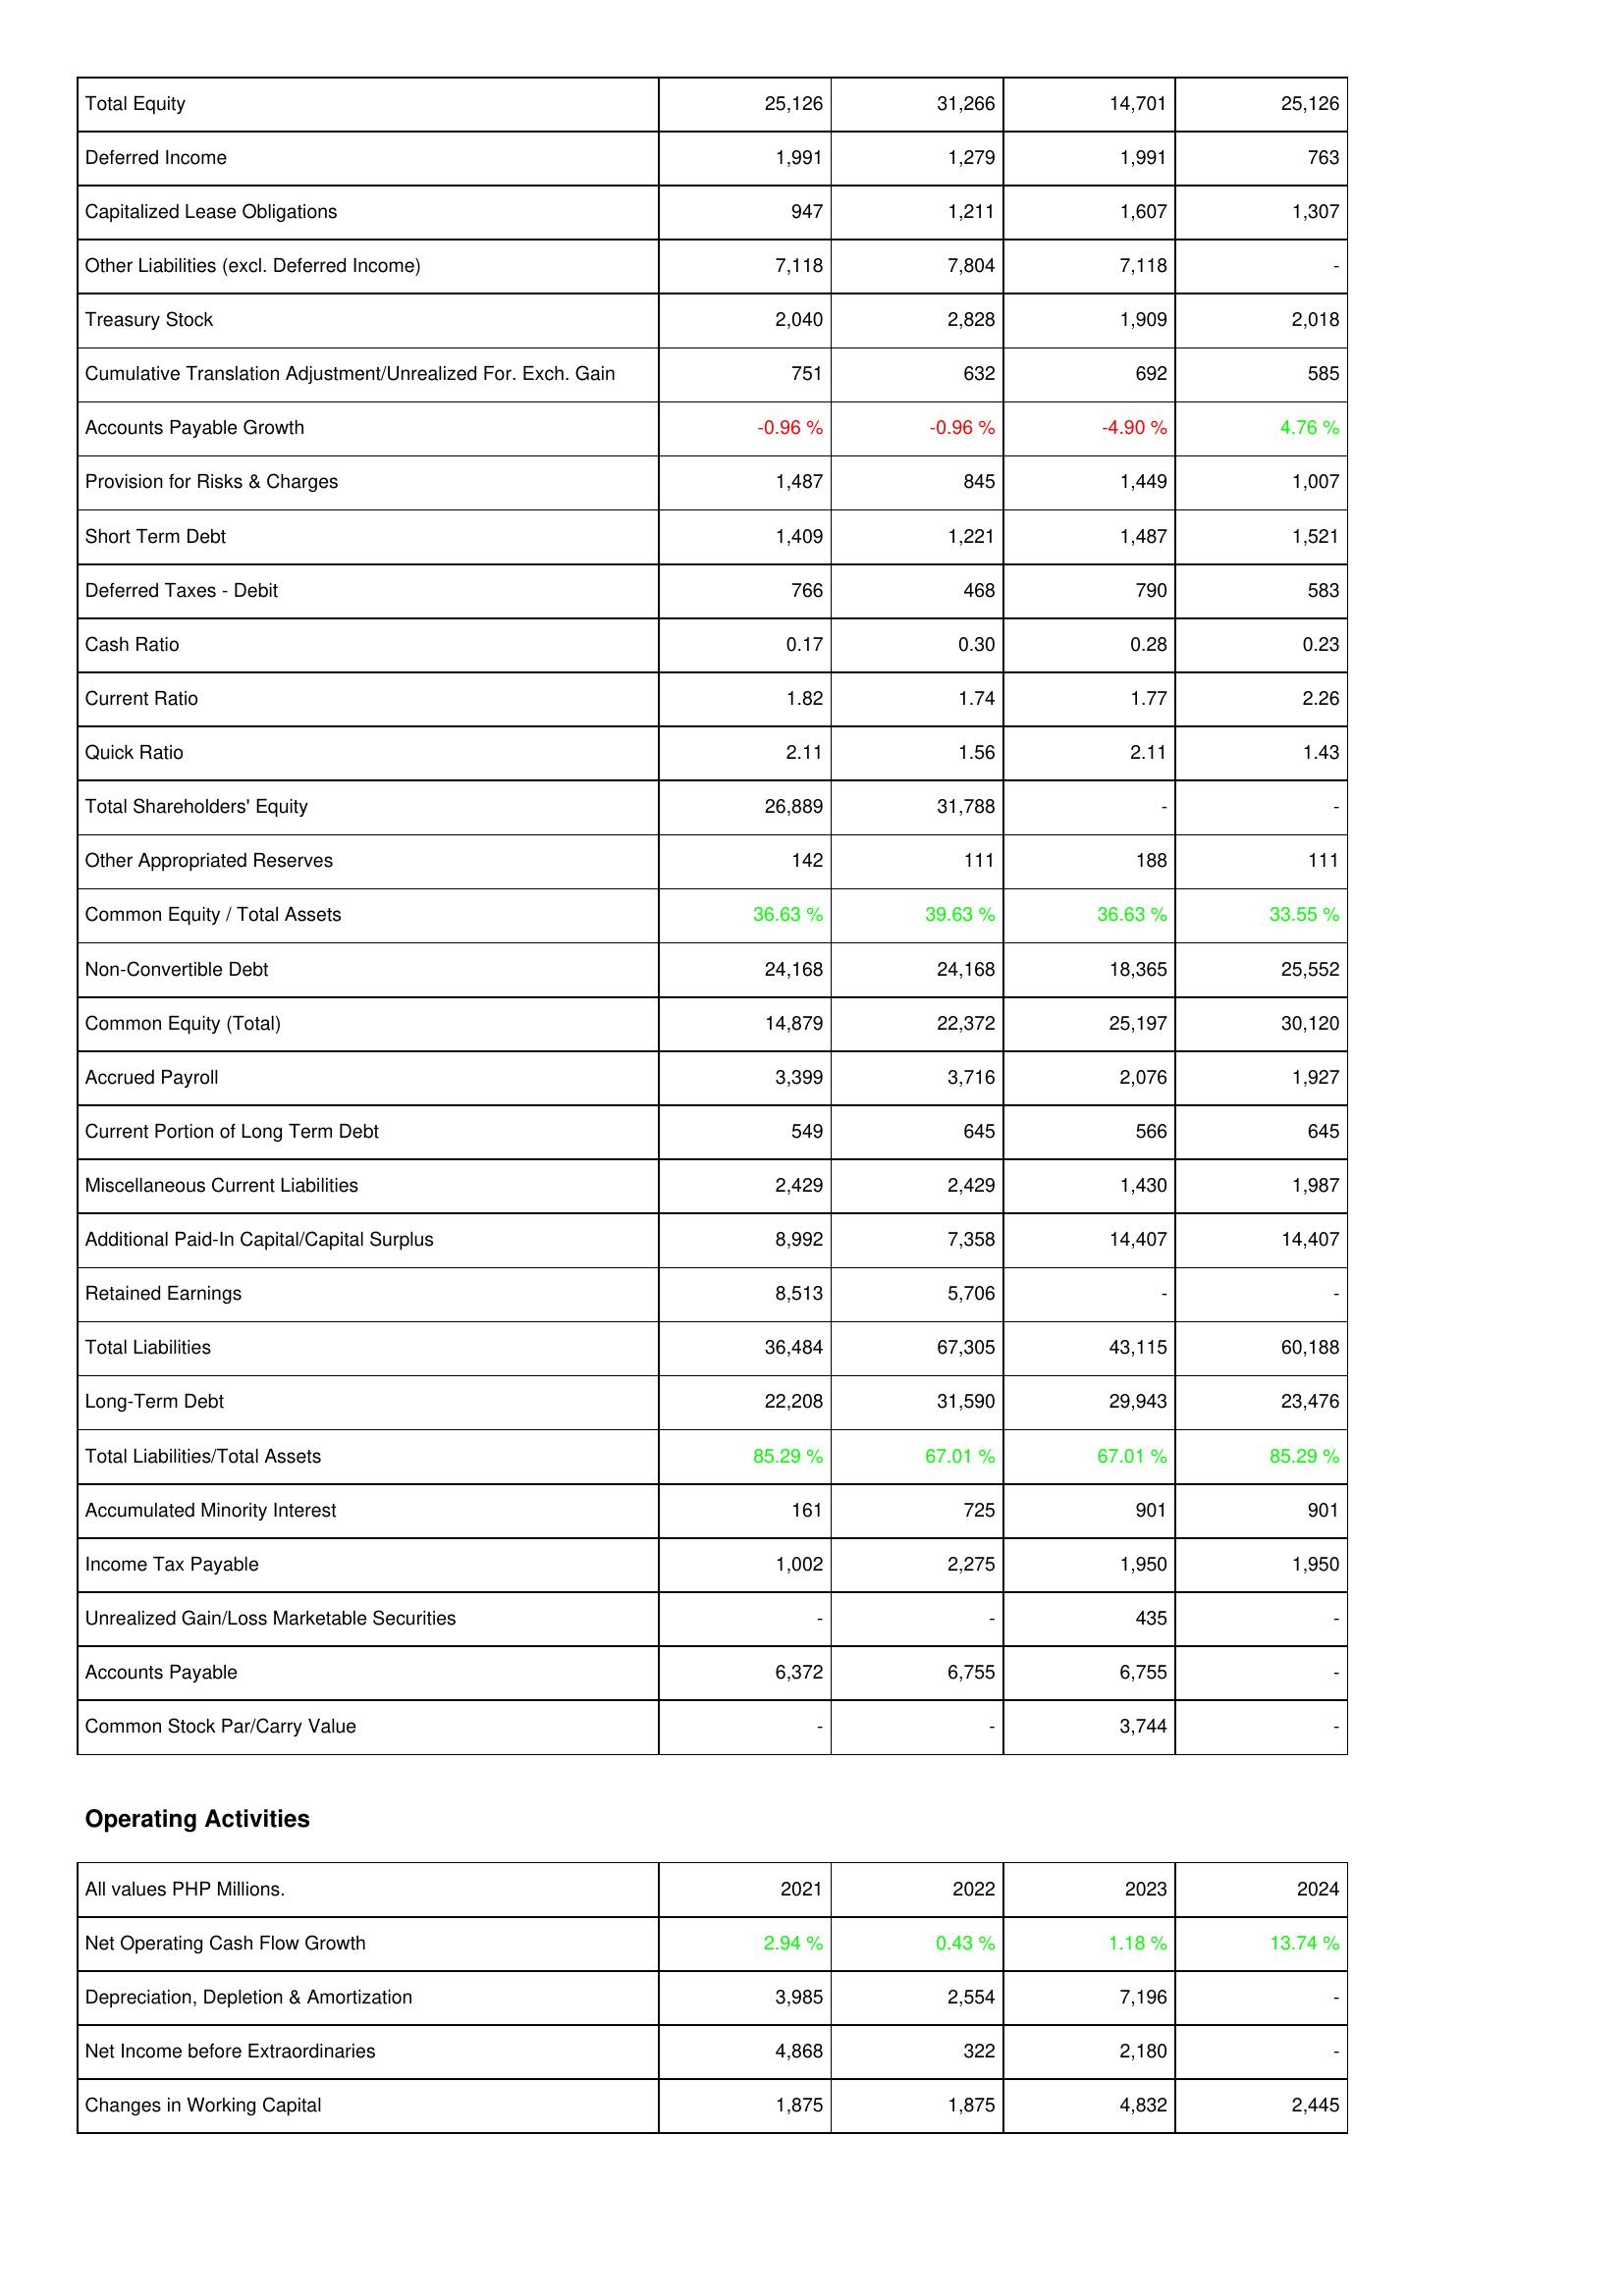
2021: Liabilities & Shareholders' Equity: Total Equity: 25,126
Deferred Income: 1,991
Capitalized Lease Obligations: 947
Other Liabilities (excl. Deferred Income): 7,118
Treasury Stock: 2,040
Cumulative Translation Adjustment/Unrealized For. Exch. Gain: 751
Accounts Payable Growth: -0.96 %
Provision for Risks & Charges: 1,487
Short Term Debt: 1,409
Deferred Taxes - Debit: 766
Cash Ratio: 0.17
Current Ratio: 1.82
Quick Ratio: 2.11
Total Shareholders' Equity: 26,889
Other Appropriated Reserves: 142
Common Equity / Total Assets: 36.63 %
Non-Convertible Debt: 24,168
Common Equity (Total): 14,879
Accrued Payroll: 3,399
Current Portion of Long Term Debt: 549
Miscellaneous Current Liabilities: 2,429
Additional Paid-In Capital/Capital Surplus: 8,992
Retained Earnings: 8,513
Total Liabilities: 36,484
Long-Term Debt: 22,208
Total Liabilities/Total Assets: 85.29 %
Accumulated Minority Interest: 161
Income Tax Payable: 1,002
Unrealized Gain/Loss Marketable Securities: -
Accounts Payable: 6,372
Common Stock Par/Carry Value: -
Operating Activities: Net Operating Cash Flow Growth: 2.94 %
Depreciation, Depletion & Amortization: 3,985
Net Income before Extraordinaries: 4,868
Changes in Working Capital: 1,875
2022: Liabilities & Shareholders' Equity: Total Equity: 31,266
Deferred Income: 1,279
Capitalized Lease Obligations: 1,211
Other Liabilities (excl. Deferred Income): 7,804
Treasury Stock: 2,828
Cumulative Translation Adjustment/Unrealized For. Exch. Gain: 632
Accounts Payable Growth: -0.96 %
Provision for Risks & Charges: 845
Short Term Debt: 1,221
Deferred Taxes - Debit: 468
Cash Ratio: 0.30
Current Ratio: 1.74
Quick Ratio: 1.56
Total Shareholders' Equity: 31,788
Other Appropriated Reserves: 111
Common Equity / Total Assets: 39.63 %
Non-Convertible Debt: 24,168
Common Equity (Total): 22,372
Accrued Payroll: 3,716
Current Portion of Long Term Debt: 645
Miscellaneous Current Liabilities: 2,429
Additional Paid-In Capital/Capital Surplus: 7,358
Retained Earnings: 5,706
Total Liabilities: 67,305
Long-Term Debt: 31,590
Total Liabilities/Total Assets: 67.01 %
Accumulated Minority Interest: 725
Income Tax Payable: 2,275
Unrealized Gain/Loss Marketable Securities: -
Accounts Payable: 6,755
Common Stock Par/Carry Value: -
Operating Activities: Net Operating Cash Flow Growth: 0.43 %
Depreciation, Depletion & Amortization: 2,554
Net Income before Extraordinaries: 322
Changes in Working Capital: 1,875
2023: Liabilities & Shareholders' Equity: Total Equity: 14,701
Deferred Income: 1,991
Capitalized Lease Obligations: 1,607
Other Liabilities (excl. Deferred Income): 7,118
Treasury Stock: 1,909
Cumulative Translation Adjustment/Unrealized For. Exch. Gain: 692
Accounts Payable Growth: -4.90 %
Provision for Risks & Charges: 1,449
Short Term Debt: 1,487
Deferred Taxes - Debit: 790
Cash Ratio: 0.28
Current Ratio: 1.77
Quick Ratio: 2.11
Total Shareholders' Equity: -
Other Appropriated Reserves: 188
Common Equity / Total Assets: 36.63 %
Non-Convertible Debt: 18,365
Common Equity (Total): 25,197
Accrued Payroll: 2,076
Current Portion of Long Term Debt: 566
Miscellaneous Current Liabilities: 1,430
Additional Paid-In Capital/Capital Surplus: 14,407
Retained Earnings: -
Total Liabilities: 43,115
Long-Term Debt: 29,943
Total Liabilities/Total Assets: 67.01 %
Accumulated Minority Interest: 901
Income Tax Payable: 1,950
Unrealized Gain/Loss Marketable Securities: 435
Accounts Payable: 6,755
Common Stock Par/Carry Value: 3,744
Operating Activities: Net Operating Cash Flow Growth: 1.18 %
Depreciation, Depletion & Amortization: 7,196
Net Income before Extraordinaries: 2,180
Changes in Working Capital: 4,832
2024: Liabilities & Shareholders' Equity: Total Equity: 25,126
Deferred Income: 763
Capitalized Lease Obligations: 1,307
Other Liabilities (excl. Deferred Income): -
Treasury Stock: 2,018
Cumulative Translation Adjustment/Unrealized For. Exch. Gain: 585
Accounts Payable Growth: 4.76 %
Provision for Risks & Charges: 1,007
Short Term Debt: 1,521
Deferred Taxes - Debit: 583
Cash Ratio: 0.23
Current Ratio: 2.26
Quick Ratio: 1.43
Total Shareholders' Equity: -
Other Appropriated Reserves: 111
Common Equity / Total Assets: 33.55 %
Non-Convertible Debt: 25,552
Common Equity (Total): 30,120
Accrued Payroll: 1,927
Current Portion of Long Term Debt: 645
Miscellaneous Current Liabilities: 1,987
Additional Paid-In Capital/Capital Surplus: 14,407
Retained Earnings: -
Total Liabilities: 60,188
Long-Term Debt: 23,476
Total Liabilities/Total Assets: 85.29 %
Accumulated Minority Interest: 901
Income Tax Payable: 1,950
Unrealized Gain/Loss Marketable Securities: -
Accounts Payable: -
Common Stock Par/Carry Value: -
Operating Activities: Net Operating Cash Flow Growth: 13.74 %
Depreciation, Depletion & Amortization: -
Net Income before Extraordinaries: -
Changes in Working Capital: 2,445